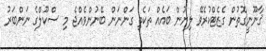
ޤާނޫނީގޮތުން ގެޒެޓްކުރެވޭ ލިޔުން ބައެއް ތަކެތި ގަންނަން ބޭނުންވެއްޖެ މި ސްކޫލްގެ ނަންބަރު